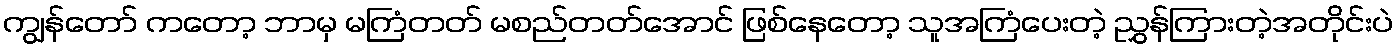
ကျွန်တော် ကတော့ ဘာမှ မကြံတတ် မစည်တတ်အောင် ဖြစ်နေတော့ သူအကြံပေးတဲ့ ညွှန်ကြားတဲ့အတိုင်းပဲ